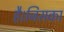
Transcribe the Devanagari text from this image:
है।जिसका